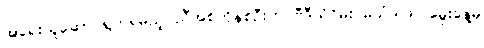
အရေးယူဆောင်ရွက်ရမည့် ညီအစ်ကိုနှစ်ဦးက ဗီဒီယိုဂိမ်း မသံဒါဖြူ မွေးနေ့မှ